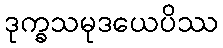
ဒုက္ခသမုဒယေပိဿ